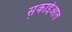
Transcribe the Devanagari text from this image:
स़काईआत